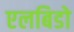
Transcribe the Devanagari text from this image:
एलबिडो